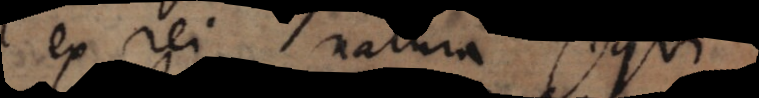
ex rei natura sequi